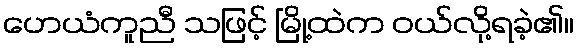
ဟေယံကူညီ သဖြင့် မြို့ထဲက ဝယ်လို့ရခဲ့၏။